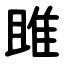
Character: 雎